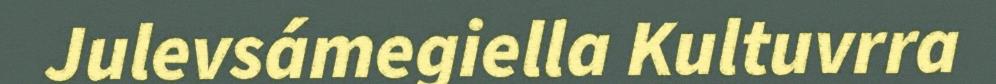
Julevsámegiella Kultuvrra